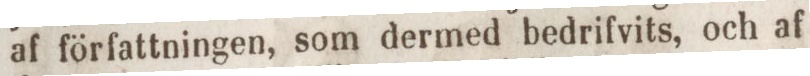
af författningen, som dermed bedrifvits, och af